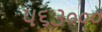
૫૬૩૦૦૦